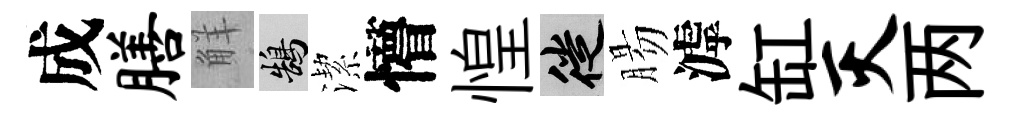
成膳觧鵠潔懵惶徙腸滹缸灭两